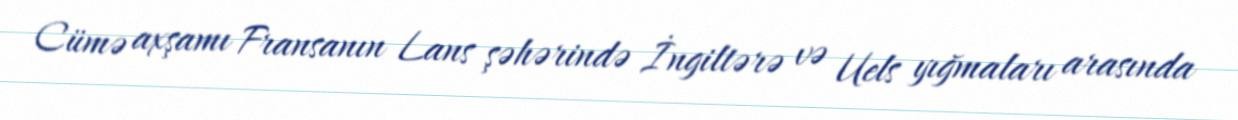
Cümə axşamı Fransanın Lans şəhərində İngiltərə və Uels yığmaları arasında